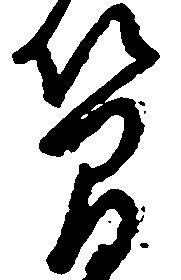
簡